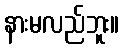
နားမလည်ဘူး။